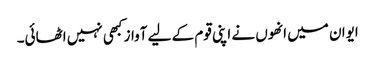
ایوان میں انھوں نے اپنی قوم کے لیے آواز کبھی نہیں اٹھائی۔